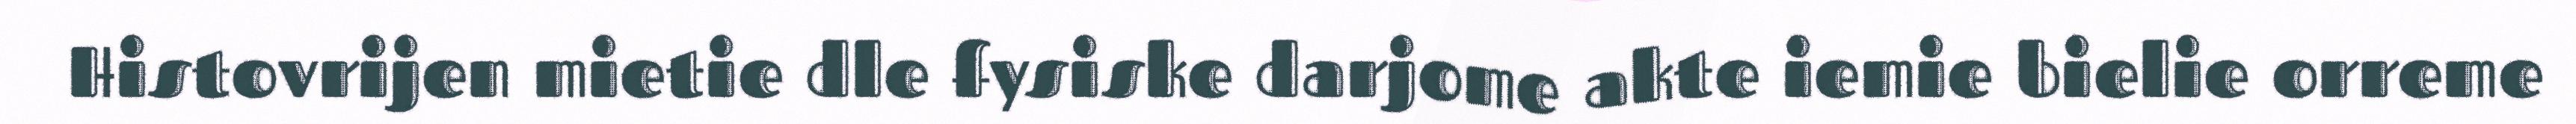
Histovrijen mietie dle fysiske darjome akte iemie bielie orreme